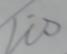
Signature authenticity: genuine